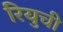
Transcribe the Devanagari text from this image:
रियुची